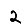
Digit: 2